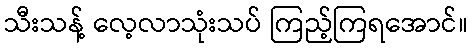
သီးသန့် လေ့လာသုံးသပ် ကြည့်ကြရအောင်။